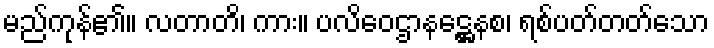
မည်ကုန်၏။ လတာတိ၊ ကား။ ပလိဝေဌာနဋ္ဌေနစ၊ ရစ်ပတ်တတ်သော